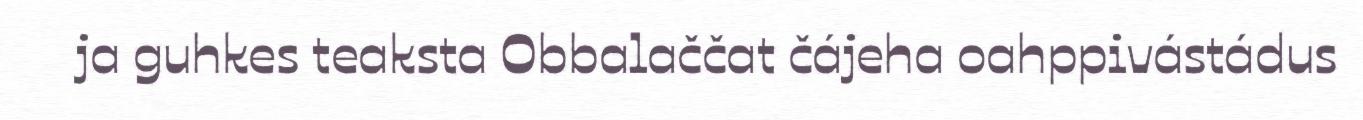
ja guhkes teaksta Obbalaččat čájeha oahppivástádus